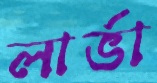
লার্ভা